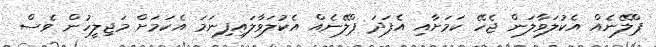
ޕްލޭނެއް އެކުލަވާލަން ޖެހޭ ކަމަށާއި އެފަދަ ޕްލޭނެއް އެކުލަވާލައިފިނަމަ އެކަމަށް މަޖިލީހުން ވެސް